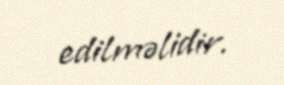
edilməlidir.